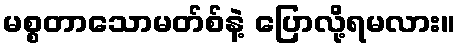
မစ္စတာသောမတ်စ်နဲ့ ပြောလို့ရမလား။